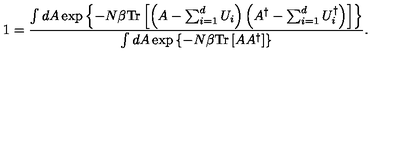
1 = { \frac { \int d A \exp \left\{ - N \beta \mathrm { T r } \left[ \left( A - \sum _ { i = 1 } ^ { d } U _ { i } \right) \left( A ^ { \dagger } - \sum _ { i = 1 } ^ { d } U _ { i } ^ { \dagger } \right) \right] \right\} } { \int d A \exp \left\{ - N \beta \mathrm { T r } \left[ A A ^ { \dagger } \right] \right\} } } .